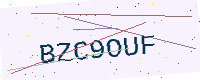
Text: BZC9OUF